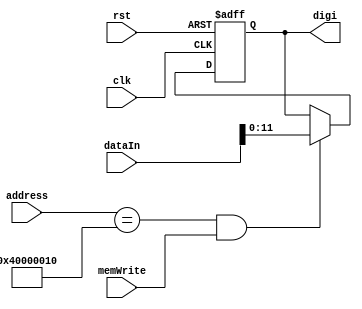
module LED(
        input clk,
        input rst,
        input memWrite,
        input [31:0] dataIn,
        input [31:0] address,
        output reg [11:0] digi
    );

    always @(posedge clk or posedge rst) begin
        if (rst)
            digi <= 0;
        else if (address == 32'h40000010 && memWrite)
            digi <= dataIn[11:0];
        else
            digi <= digi;
    end
endmodule